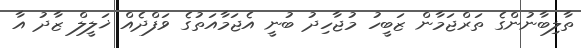
ތާލިބާނުންގެ ތަރްޖަމާން ޒަބީހު މުޖާހިދު ބުނީ އެޖަމާއަތުގެ ވަފްދެއް ޚަލީލް ޒާދު އާ